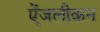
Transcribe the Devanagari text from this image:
ऐंजलीकन